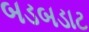
બડબડાટ